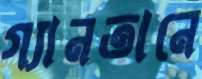
গ্যানতানে